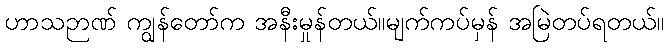
ဟာသဉာဏ် ကျွန်တော်က အနီးမှုန်တယ်။မျက်ကပ်မှန် အမြဲတပ်ရတယ်။